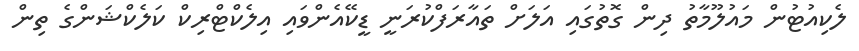
ލެކިއުޓުން މައުލޫމާތު ދިން ގޮތުގައި އަލަށް ތައާރަފްކުރަނީ ޑީކޭއެންވައި އިލެކްޓްރިކް ކަލެކްޝަންގެ ތިން